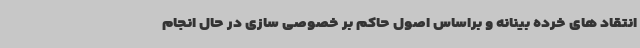
انتقاد های خرده بینانه و براساس اصول حاکم بر خصوصی سازی در حال انجام